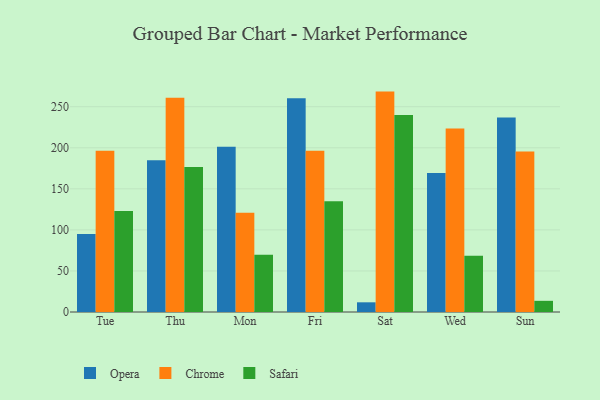
{"axis": {"x": "Day", "y": "Budget (USD K)"}, "legend": ["Chrome", "Opera", "Safari"], "data": [{"x": "Tue", "y": 94.9, "type": "Opera"}, {"x": "Tue", "y": 196.3, "type": "Chrome"}, {"x": "Tue", "y": 122.9, "type": "Safari"}, {"x": "Thu", "y": 184.7, "type": "Opera"}, {"x": "Thu", "y": 261.0, "type": "Chrome"}, {"x": "Thu", "y": 176.5, "type": "Safari"}, {"x": "Mon", "y": 201.3, "type": "Opera"}, {"x": "Mon", "y": 121.0, "type": "Chrome"}, {"x": "Mon", "y": 69.8, "type": "Safari"}, {"x": "Fri", "y": 260.4, "type": "Opera"}, {"x": "Fri", "y": 196.4, "type": "Chrome"}, {"x": "Fri", "y": 135.0, "type": "Safari"}, {"x": "Sat", "y": 11.8, "type": "Opera"}, {"x": "Sat", "y": 268.4, "type": "Chrome"}, {"x": "Sat", "y": 239.8, "type": "Safari"}, {"x": "Wed", "y": 169.2, "type": "Opera"}, {"x": "Wed", "y": 223.4, "type": "Chrome"}, {"x": "Wed", "y": 68.6, "type": "Safari"}, {"x": "Sun", "y": 237.0, "type": "Opera"}, {"x": "Sun", "y": 195.4, "type": "Chrome"}, {"x": "Sun", "y": 13.6, "type": "Safari"}]}